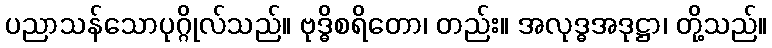
ပညာသန်သောပုဂ္ဂိုလ်သည်။ ဗုဒ္ဓိစရိတော၊ တည်း။ အလုဒ္ဓအဒုဋ္ဌာ၊ တို့သည်။